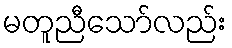
မတူညီသော်လည်း